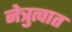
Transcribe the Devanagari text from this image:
नेत्रुत्वात